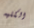
الكليه